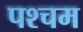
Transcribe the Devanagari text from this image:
पश्चम